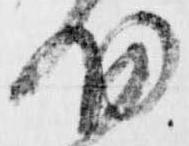
細